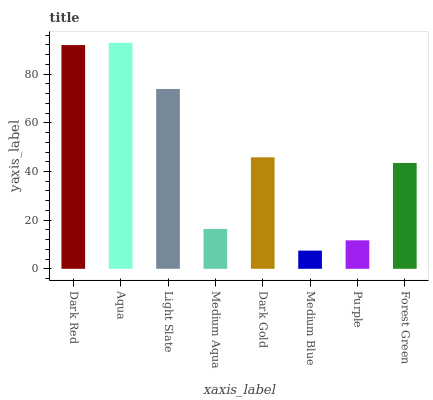
| xaxis_label | bars |
 | --- | --- |
 | Dark Red | 92 |
 | Aqua | 92.9 |
 | Light Slate | 73.9 |
 | Medium Aqua | 16.4 |
 | Dark Gold | 45.8 |
 | Medium Blue | 7.48 |
 | Purple | 11.7 |
 | Forest Green | 43.5 |